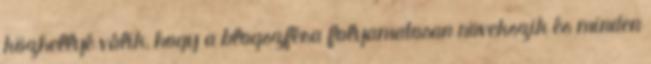
közhellyé válik, hogy a blogszféra folyamatosan növekszik és minden